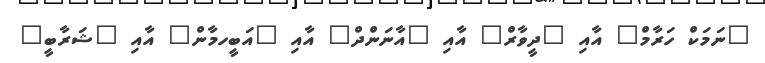
"ނަމަކް ހަރާމް" އާއި "ދީވާރް" އާއި "އާނަންދް" އާއި "އަބީހމާން" އާއި "ޝަރާބީ"